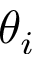
\theta _ { i }